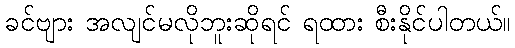
ခင်ဗျား အလျင်မလိုဘူးဆိုရင် ရထား စီးနိုင်ပါတယ်။